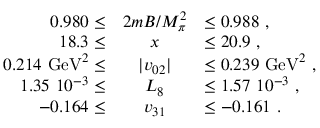
\begin{array} { r c l } { { 0 . 9 8 0 \leq } } & { { { 2 m B / M _ { \pi } ^ { 2 } } } } & { { \leq 0 . 9 8 8 \ , } } \\ { { 1 8 . 3 \leq } } & { { x } } & { { \leq 2 0 . 9 \ , } } \\ { { 0 . 2 1 4 \ \mathrm { G e V } ^ { 2 } \leq } } & { { \vert v _ { 0 2 } \vert } } & { { \leq 0 . 2 3 9 \ \mathrm { G e V } ^ { 2 } \ , } } \\ { { 1 . 3 5 \ 1 0 ^ { - 3 } \leq } } & { { L _ { 8 } } } & { { \leq 1 . 5 7 \ 1 0 ^ { - 3 } \ , } } \\ { { - 0 . 1 6 4 \leq } } & { { v _ { 3 1 } } } & { { \leq - 0 . 1 6 1 \ . } } \end{array}